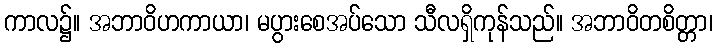
ကာလ၌။ အဘာဝိဟကာယာ၊ မပွားစေအပ်သော သီလရှိကုန်သည်။ အဘာဝိတစိတ္တာ၊